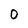
Character: 0